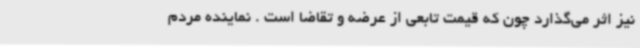
نیز اثر می‌گذارد چون که قیمت تابعی از عرضه و تقاضا است . نماینده مردم